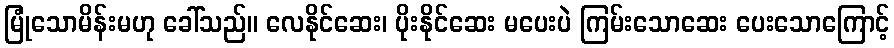
မြုံသောမိန်းမဟု ခေါ်သည်။ လေနိုင်ဆေး၊ ပိုးနိုင်ဆေး မပေးပဲ ကြမ်းသောဆေး ပေးသောကြောင့်